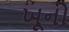
ખૂનો